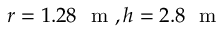
r = 1 . 2 8 ~ \mathrm { ~ m ~ } , h = 2 . 8 ~ \mathrm { ~ m ~ }